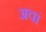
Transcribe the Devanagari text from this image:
अवां